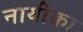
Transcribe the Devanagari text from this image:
नायीका